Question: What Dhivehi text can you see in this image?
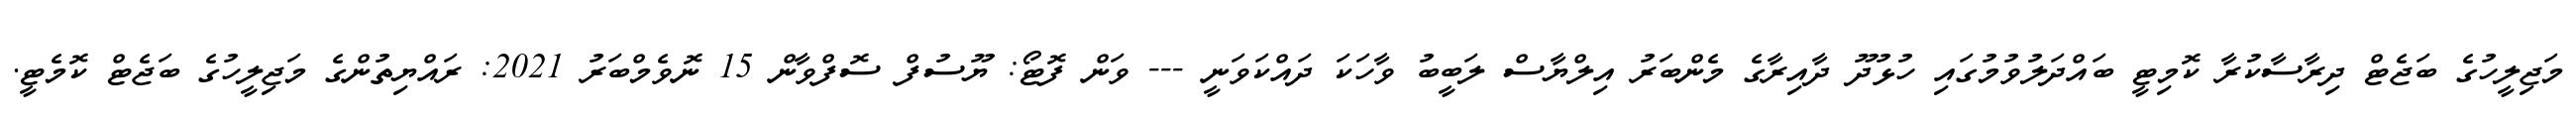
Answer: މަޖިލީހުގެ ބަޖެޓް ދިރާސާކުރާ ކޮމިޓީ ބައްދަލުވުމުގައި ހުޅުދޫ ދާއިރާގެ މެންބަރު އިލްޔާސް ލަބީބު ވާހަކަ ދައްކަވަނީ --- ވަން ފޮޓޯ: ޔޫސުފް ސޮފްވާން 15 ނޮވެމްބަރު 2021: ރައްޔިތުންގެ މަޖިލީހުގެ ބަޖެޓް ކޮމެޓީ.